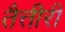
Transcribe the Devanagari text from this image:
तैत्तीरी